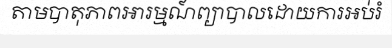
តាមបាតុភាពអារម្មណ៍ព្យាបាលដោយការអប់រំ